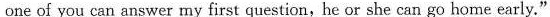
one of you can answer my first question,he or she can go home early."